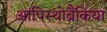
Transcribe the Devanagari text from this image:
आपिस्थोब्रैंकिया